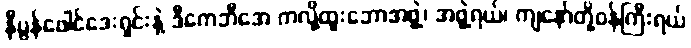
နီပွန်ဖေါင်ဒေးရှင်းနဲ့ ဒီကေဘီအေ ကလို့ထူးဘောအဖွဲ့၊ အဖွဲ့ရယ်၊ ကျနော်တို့ဝန်ကြီးရယ်